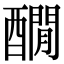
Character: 𨣇